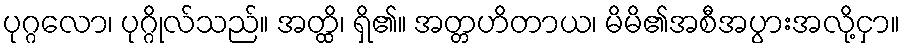
ပုဂ္ဂလော၊ ပုဂ္ဂိုလ်သည်။ အတ္ထိ၊ ရှိ၏။ အတ္တဟိတာယ၊ မိမိ၏အစီအပွားအလို့ငှာ။